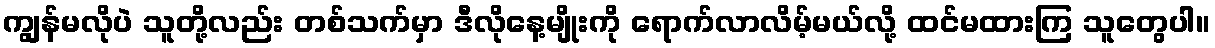
ကျွန်မလိုပဲ သူတို့လည်း တစ်သက်မှာ ဒီလိုနေ့မျိုးကို ရောက်လာလိမ့်မယ်လို့ ထင်မထားကြ သူတွေပါ။